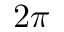
2 \pi